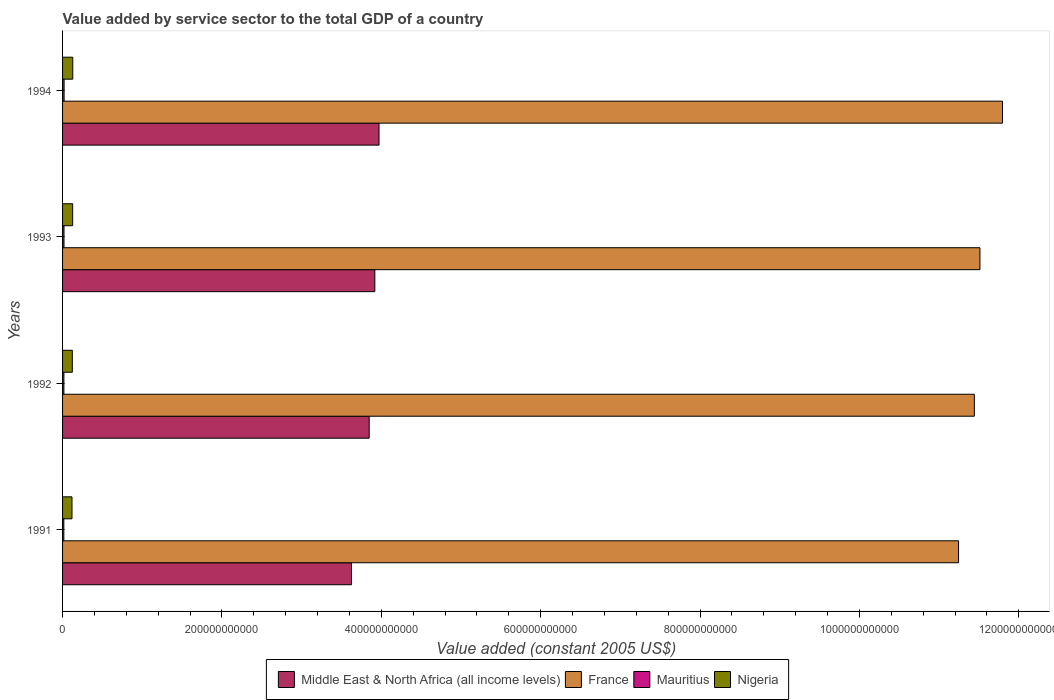
| Years | Middle East & North Africa (all income levels) | France | Mauritius | Nigeria |
 | --- | --- | --- | --- | --- |
 | 1991 | 3.63e+11 | 1.12e+12 | 1.58e+09 | 1.18e+10 |
 | 1992 | 3.85e+11 | 1.14e+12 | 1.68e+09 | 1.23e+10 |
 | 1993 | 3.92e+11 | 1.15e+12 | 1.81e+09 | 1.27e+10 |
 | 1994 | 3.97e+11 | 1.18e+12 | 1.92e+09 | 1.28e+10 |